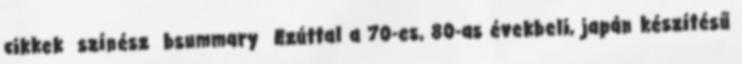
cikkek színész bsummary Ezúttal a 70-es, 80-as évekbeli, japán készítésű